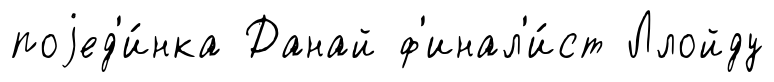
поjед'и́нка Данай ф'инал'и́ст Ллойду